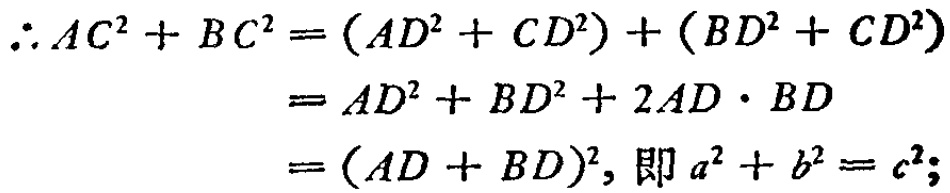
\[\begin{align*}

\therefore AC^{2}+BC^{2}&=(AD^{2}+CD^{2})+(BD^{2}+CD^{2})\\

&=AD^{2}+BD^{2}+2AD\cdot BD\\

&=(AD + BD)^{2},\text{ 即 }a^{2}+b^{2}=c^{2};

\end{align*}\]